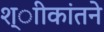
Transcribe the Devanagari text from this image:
श्ाीकांतने